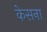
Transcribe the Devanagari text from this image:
केसना